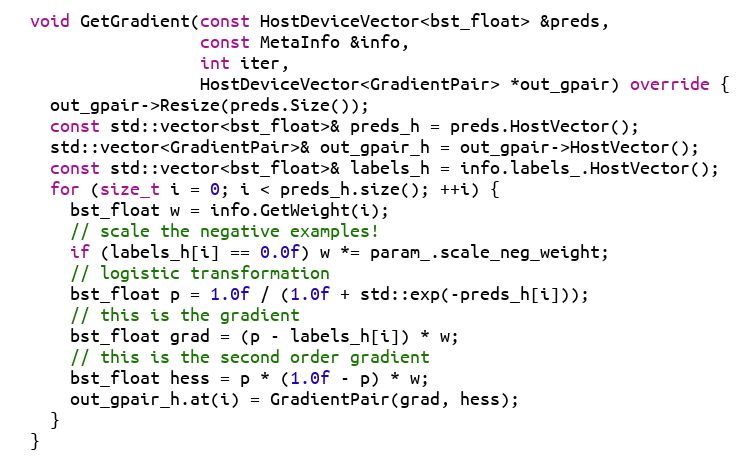
Language: C++
  void GetGradient(const HostDeviceVector<bst_float> &preds,
                   const MetaInfo &info,
                   int iter,
                   HostDeviceVector<GradientPair> *out_gpair) override {
    out_gpair->Resize(preds.Size());
    const std::vector<bst_float>& preds_h = preds.HostVector();
    std::vector<GradientPair>& out_gpair_h = out_gpair->HostVector();
    const std::vector<bst_float>& labels_h = info.labels_.HostVector();
    for (size_t i = 0; i < preds_h.size(); ++i) {
      bst_float w = info.GetWeight(i);
      // scale the negative examples!
      if (labels_h[i] == 0.0f) w *= param_.scale_neg_weight;
      // logistic transformation
      bst_float p = 1.0f / (1.0f + std::exp(-preds_h[i]));
      // this is the gradient
      bst_float grad = (p - labels_h[i]) * w;
      // this is the second order gradient
      bst_float hess = p * (1.0f - p) * w;
      out_gpair_h.at(i) = GradientPair(grad, hess);
    }
  }